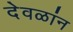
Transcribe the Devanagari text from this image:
देवळांन